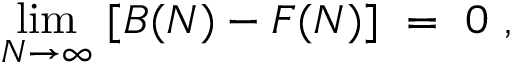
\operatorname * { l i m } _ { N \to \infty } ~ [ B ( N ) - F ( N ) ] ~ = ~ 0 ~ ,